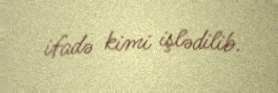
ifadə kimi işlədilib.